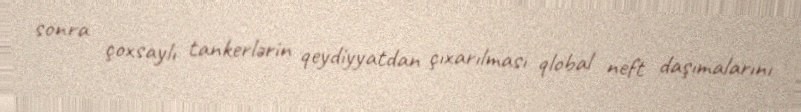
sonra çoxsaylı tankerlərin qeydiyyatdan çıxarılması qlobal neft daşımalarını